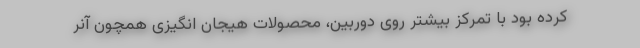
کرده بود با تمرکز بیشتر روی دوربین، محصولات هیجان انگیزی همچون آنر